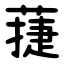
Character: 蓵